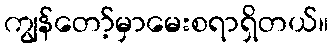
ကျွန်တော့်မှာမေးစရာရှိတယ်။